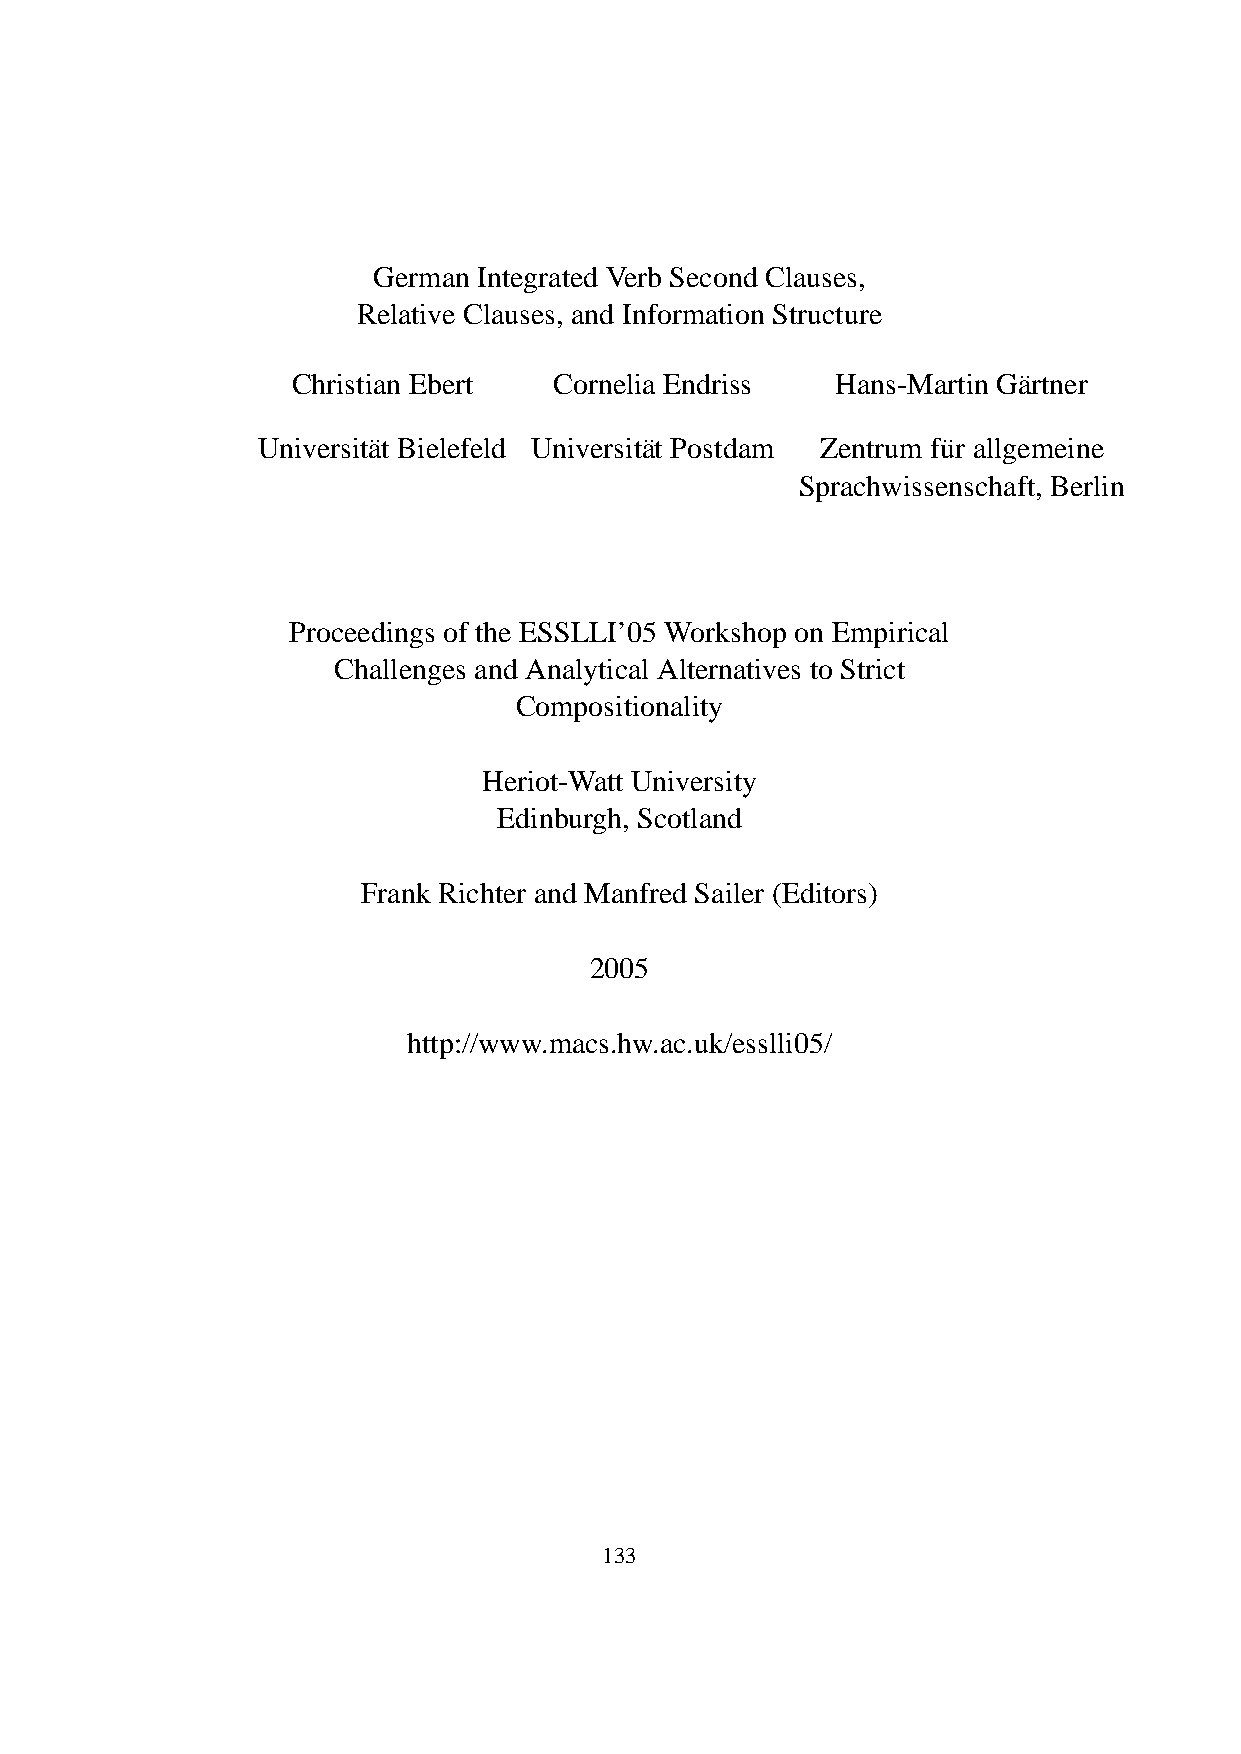
German Integrated Verb Second Clauses,
 Relative Clauses, and Information Structure
 Christian Ebert   Cornelia Endriss  Hans-Martin Ga¨rtner
 Universita¨t Bielefeld Universita¨t Postdam Zentrum fu¨r allgemeine
 Sprachwissenschaft, Berlin
 Proceedings of the ESSLLI’05 Workshop on Empirical
 Challenges and Analytical Alternatives to Strict
 Compositionality
 Heriot-Watt University
 Edinburgh, Scotland
 Frank Richter and Manfred Sailer (Editors)
 2005
 http://www.macs.hw.ac.uk/esslli05/
 133